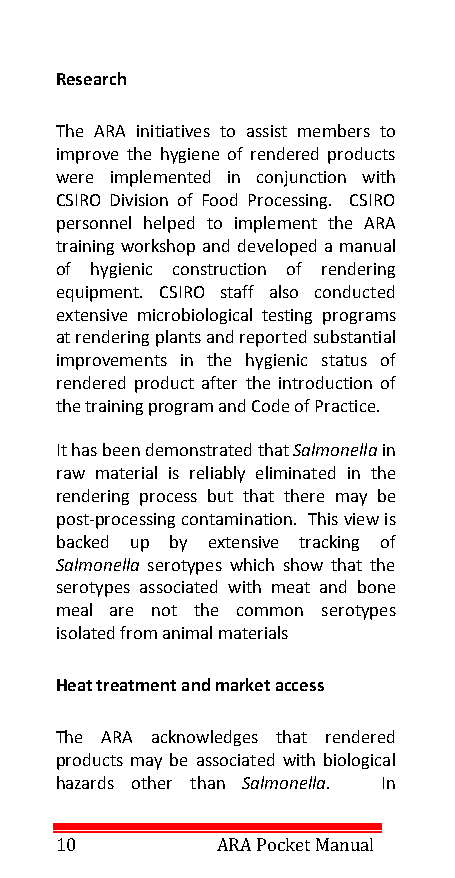
Research
 The ARA initiatives to assist members to
 improve the hygiene of rendered products
 were implemented in conjunction with
 CSIRO Division of Food Processing. CSIRO
 personnel helped to implement the ARA
 training workshop and developed a manual
 of hygienic construction of rendering
 equipment. CSIRO staff also conducted
 extensive microbiological testing programs
 at rendering plants and reported substantial
 improvements in the hygienic status of
 rendered product after the introduction of
 the training program and Code of Practice.
 It has been demonstrated that Salmonella in
 raw material is reliably eliminated in the
 rendering process but that there may be
 post-processing contamination. This view is
 backed up by extensive tracking of
 Salmonella serotypes which show that the
 serotypes associated with meat and bone
 meal are not the common serotypes
 isolated from animal materials
 Heat treatment and market access
 The ARA acknowledges that rendered
 products may be associated with biological
 hazards other than Salmonella. In
 10        ARA Pocket Manual